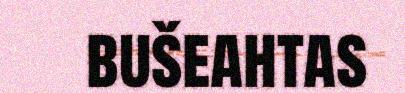
bušeahtas